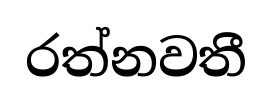
රත්නවතී